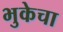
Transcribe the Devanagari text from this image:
भुकेचा